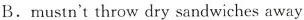
B.mustn't throw dry sandwiches away